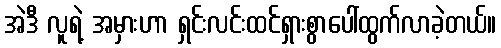
အဲဒီ လူရဲ့ အမှားဟာ ရှင်းလင်းထင်ရှားစွာပေါ်ထွက်လာခဲ့တယ်။